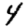
Digit: 4